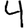
Digit: 4